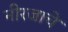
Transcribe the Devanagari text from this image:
नीरजाचे